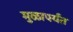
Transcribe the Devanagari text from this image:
मुळापर्यंत